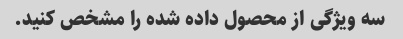
سه ویژگی از محصول داده شده را مشخص کنید.